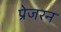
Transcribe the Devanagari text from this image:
प्रेजरन